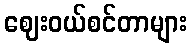
ဈေးဝယ်စင်တာများ